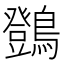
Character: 䳾